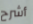
أشرح